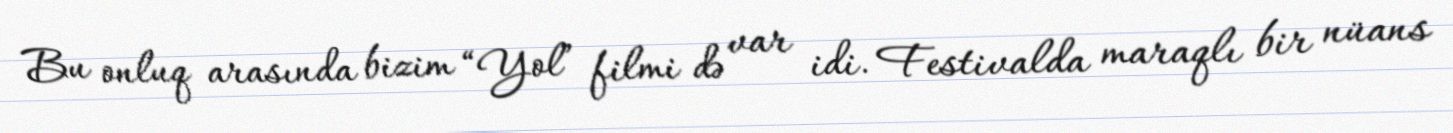
Bu onluq arasında bizim “Yol” filmi də var idi. Festivalda maraqlı bir nüans